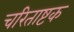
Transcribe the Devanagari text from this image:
चरिताष्टक